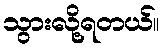
သွားလို့ရတယ်။